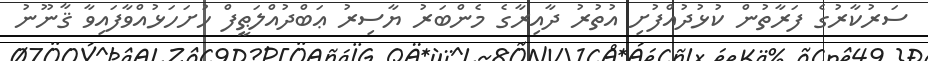
ސަރުކާރުގެ ފަރާތުން ކުޅުދުއްފުށި އުތުރު ދާއިރާގެ މެންބަރު ޔާސިރު ޢަބްދުއްލަޠީފް ހުށަހަޅުއްވާފައިވާ ޤާނޫނު